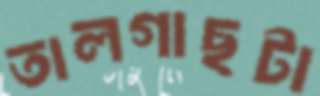
তালগাছটা